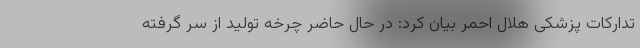
تدارکات پزشکی هلال احمر بیان کرد: در حال حاضر چرخه تولید از سر گرفته